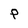
Character: P